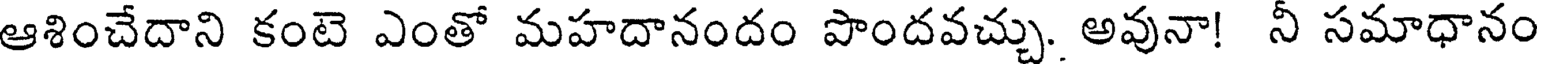
ఆశించేదాని కంటె ఎంతో మహదానందం పొందవచ్చు. అవునా! నీ సమాధానం